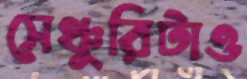
সেঞ্চুরিটাও